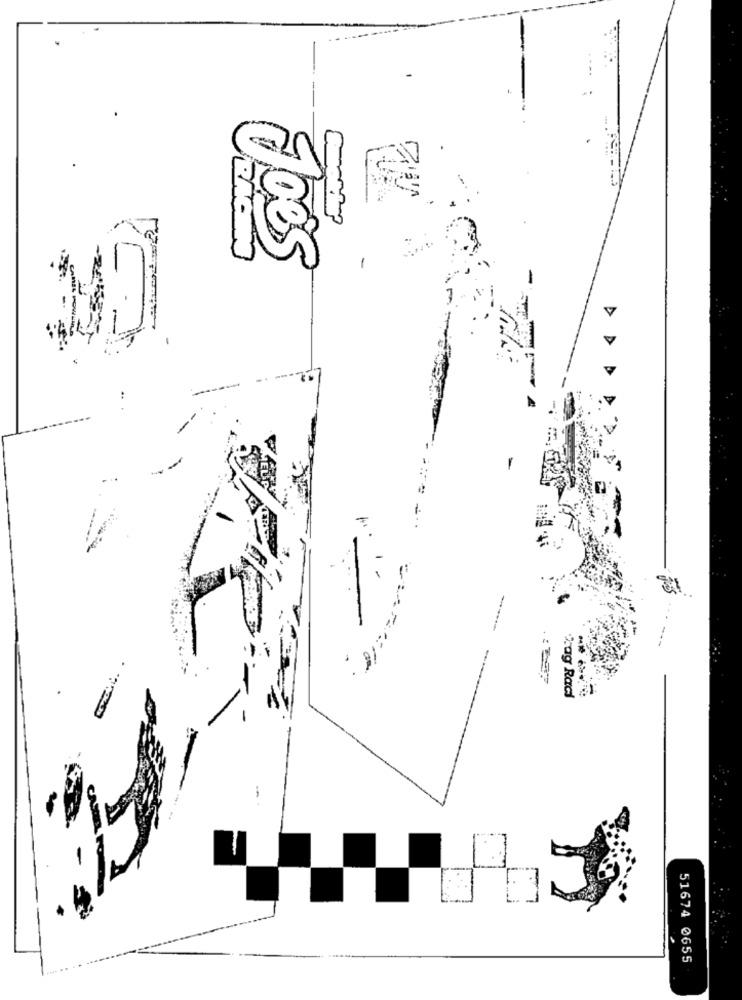
-
Joes
ADD
=== =
Tag Raci
51674 0655